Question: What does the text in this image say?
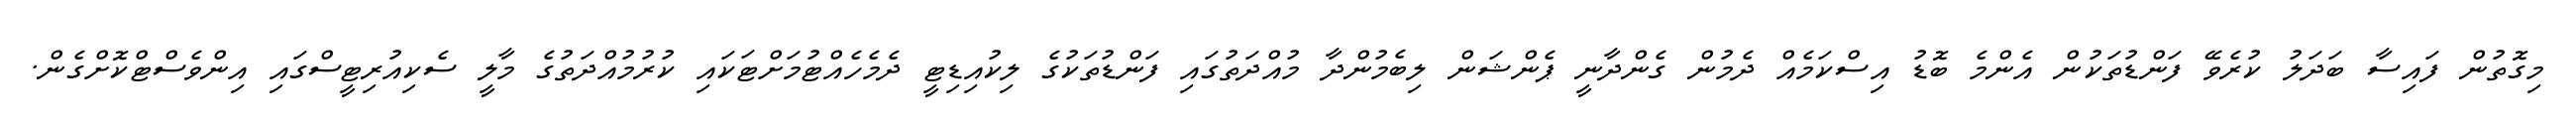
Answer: މިގޮތުން ފައިސާ ބަދަލު ކުރެވޭ ފަންޑުތަކުން އެންމެ ބޮޑު އިސްކަމެއް ދެމުން ގެންދާނީ ޕެންޝަން ލިބެމުންދާ މުއްދަތުގައި ފަންޑުތަކުގެ ލިކުއިޑިޓީ ދެމެހެއްޓުމަށްޓަކައި ކުރުމުއްދަތުގެ މާލީ ސެކިއުރިޓީސްގައި އިންވެސްޓްކޮށްގެން.